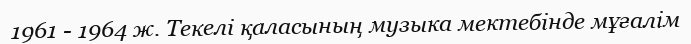
1961 - 1964 ж. Текелі қаласының музыка мектебінде мұғалім